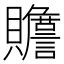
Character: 𰷜